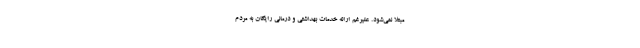
مبتلا نمی‌شود. علیرغم ارائه خدمات بهداشتی و درمانی رایگان به مردم